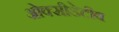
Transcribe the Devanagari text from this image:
ओक्सीडेटीव